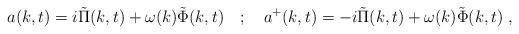
LaTeX: \begin{align*}a(k,t)=i\tilde{\Pi }(k,t)+\omega (k)\tilde{\Phi }(k,t)\quad ;\quad a^{+}(k,t)=-i\tilde{\Pi }(k,t)+\omega (k)\tilde{\Phi }(k,t)\; ,\end{align*}